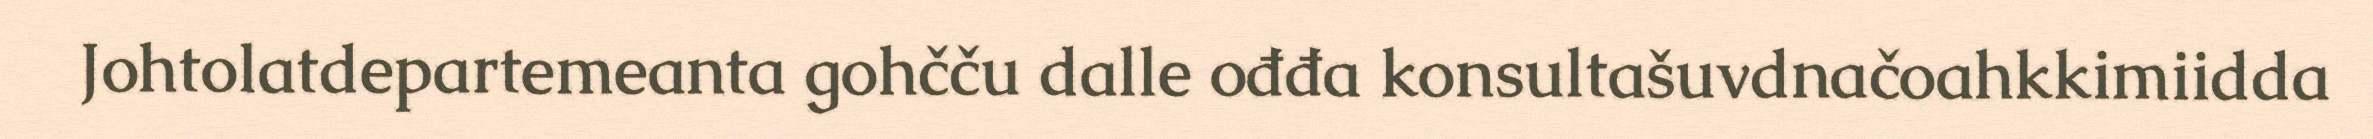
Johtolatdepartemeanta gohčču dalle ođđa konsultašuvdnačoahkkimiidda